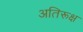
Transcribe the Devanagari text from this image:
अतिरूक्ष